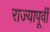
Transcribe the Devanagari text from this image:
राज्यापूर्वीं